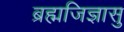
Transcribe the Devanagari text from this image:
ब्रह्मजिज्ञासु